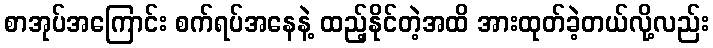
စာအုပ်အကြောင်း စက်ရပ်အနေနဲ့ ထည့်နိုင်တဲ့အထိ အားထုတ်ခဲ့တယ်လို့လည်း